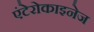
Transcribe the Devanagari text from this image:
एंटेरोकाइनेज